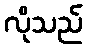
လိုသည်